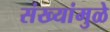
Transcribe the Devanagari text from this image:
संख्यांमुळे